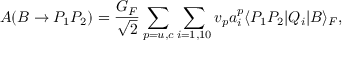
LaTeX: A ( B \to P _ { 1 } P _ { 2 } ) = \frac { G _ { F } } { \sqrt { 2 } } \sum _ { p = u , c } \sum _ { i = 1 , 1 0 } v _ { p } a _ { i } ^ { p } \langle P _ { 1 } P _ { 2 } \vert Q _ { i } \vert B \rangle _ { F } ,